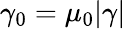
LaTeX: \gamma_{0}=\mu_{0}|\gamma|